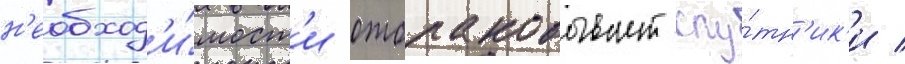
н'еобход'и́мост'и отбраковывает спу́тн'ик'и /